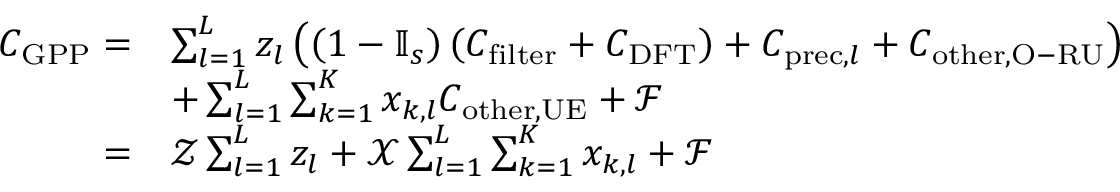
\begin{array} { r l } { C _ { \mathrm { G P P } } = } & { \sum _ { l = 1 } ^ { L } z _ { l } \left( \left( 1 - \mathbb { I } _ { s } \right) \left( C _ { \mathrm { f i l t e r } } + C _ { \mathrm { D F T } } \right) + C _ { \mathrm { p r e c } , l } + C _ { \mathrm { o t h e r , O - R U } } \right) } \\ & { + \sum _ { l = 1 } ^ { L } \sum _ { k = 1 } ^ { K } x _ { k , l } C _ { \mathrm { o t h e r , U E } } + \mathcal { F } } \\ { = } & { \mathcal { Z } \sum _ { l = 1 } ^ { L } z _ { l } + \mathcal { X } \sum _ { l = 1 } ^ { L } \sum _ { k = 1 } ^ { K } x _ { k , l } + \mathcal { F } } \end{array}